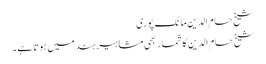
شیخ حسام الدین مانک پوری
شیخ حسام الدین کا شمار بھی مشاہیر ہند میں ہوتا ہے۔